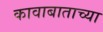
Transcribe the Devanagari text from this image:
कावाबाताच्या